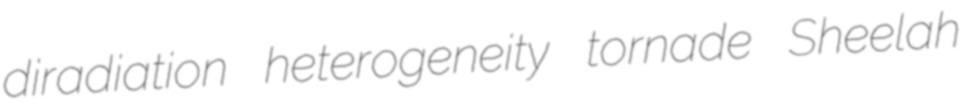
diradiation heterogeneity tornade Sheelah